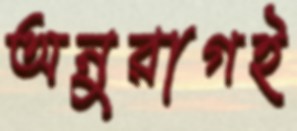
অনুরাগই